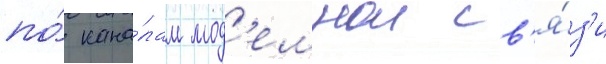
по́ кана́лам мод'емнои св'я́з'и